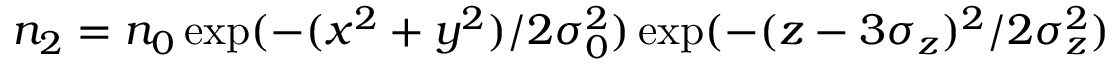
n _ { 2 } = n _ { 0 } \exp ( - ( x ^ { 2 } + y ^ { 2 } ) / 2 \sigma _ { 0 } ^ { 2 } ) \exp ( - ( z - 3 \sigma _ { z } ) ^ { 2 } / 2 \sigma _ { z } ^ { 2 } )